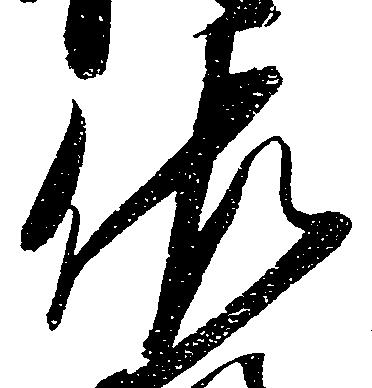
佐